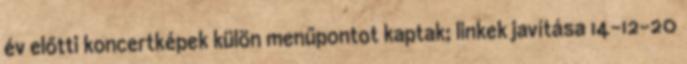
év előtti koncertképek külön menűpontot kaptak; linkek javítása 14-12-20